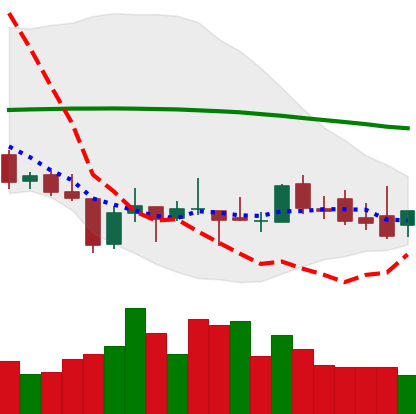
Ticker: XLM-USD
Chart end date: 2018-08-23
Forward return: 5.664%
Label: up_5_7